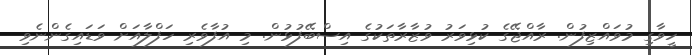
ހީވާގި މުވައްޒިފުން. ރާއްޖޭގެ ކުޅިވަރު ވުޒާރާތަކުގެ އިސްބޭފުޅުން. މި އުފާވެރި ހަފްލާއަށް ވަޑައިގެންނެވި